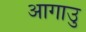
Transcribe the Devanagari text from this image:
आगाउु